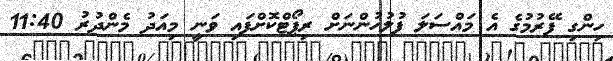
ހިންގި ފޭރުމުގެ އެ މައްސަލަ ފުލުހުންނަށް ރިޕޯޓްކޮށްފައި ވަނީ މިއަދު މެންދުރު 11:40